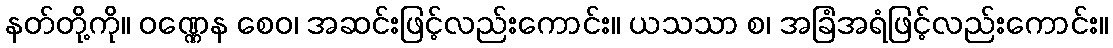
နတ်တို့ကို။ ဝဏ္ဏေန စေဝ၊ အဆင်းဖြင့်လည်းကောင်း။ ယသသာ စ၊ အခြံအရံဖြင့်လည်းကောင်း။